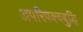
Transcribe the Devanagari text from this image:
अपरिपक्वबुद्धि